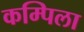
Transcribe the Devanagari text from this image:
कम्पिला